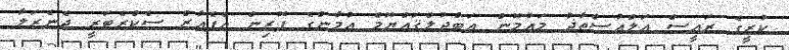
ކުރީގެ ރައީސް އަލްއުސްތާޛު މައުމޫން ޢަބްދުލްޤައްޔޫމް އުމާންގެ ފޮރިން އެފެއާޒް ސެކްރެޓަރީ ޖެނެރަލާ